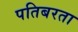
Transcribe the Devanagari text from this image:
पतिबरता